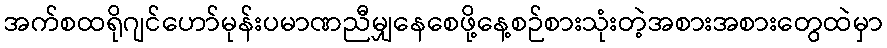
အက်စထရိုဂျင်ဟော်မုန်းပမာဏညီမျှနေစေဖို့နေ့စဉ်စားသုံးတဲ့အစားအစားတွေထဲမှာ